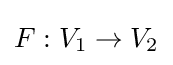
F:V_{1}\to V_{2}